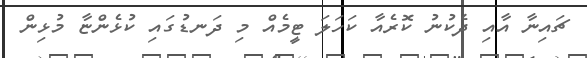
ޗައިނާ އާއި ދެކުނު ކޮރެއާ ކަހަލަ ޓީމެއް މި ދަނޑުގައި ކުޅެންޏާ މުޅިން